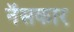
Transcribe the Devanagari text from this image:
नॅसकार